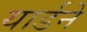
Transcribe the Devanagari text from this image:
यार्डने